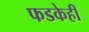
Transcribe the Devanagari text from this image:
फडकेही